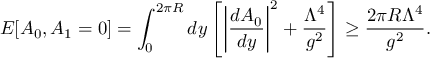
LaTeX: { \cal E } [ A _ { 0 } , A _ { 1 } = 0 ] = \int _ { 0 } ^ { 2 \pi R } d y \left[ \bigg | \frac { d A _ { 0 } } { d y } \bigg | ^ { 2 } + \frac { \Lambda ^ { 4 } } { g ^ { 2 } } \right] \geq \frac { 2 \pi R \Lambda ^ { 4 } } { g ^ { 2 } } .